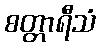
စတ္တာရီသံ